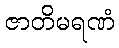
ဇာတိမရဏံ